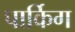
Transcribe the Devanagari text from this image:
पार्किग